Regulations for the medical services of the Army of India
Year: 1930
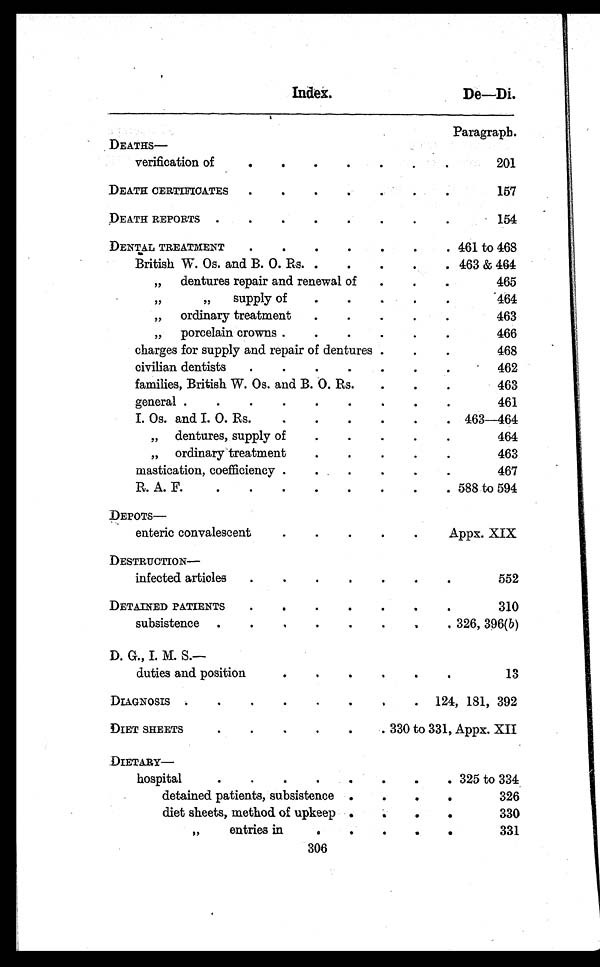
Index.
De—Di.
Paragraph.
DEATHS—
verification of
.
.
.
. .
.
.
201
DEATH CERTIFICATES
.
.
.
. .
.
.
157
DEATH REPORTS
.
.
.
.
.
.
.
.
1 5 4
DENTAL TREATMENT
.
.
.
.
.
.
. 461 to 468
British W. Os. and B. O. Rs..
.
.
.
. 463 & 464
„ dentures repair and renewal of
. .
.
465
,,
„
supply of
.
.
.
.
.
464
„ ordinary treatment
.
.
.
.
.
4 6 3
„ porcelain crowns
.
.
.
.
.
466
charges for supply and repair of dentures .
.
.
468
civilian dentists .
.
.
.
.
.
.
462
families, British W. Os. and B. O. Rs.
. .
.
463
general
.
.
.
.
.
.
.
.
461
I. Os. and I. O. Rs
.
.
.
.
.
. 463—464
„ dentures, supply of
.
.
.
.
.
464
„ ordinary treatment
.
.
.
.
.
4 6 3
mastication, coefficiency .
.
.
. .
.
467
R. A. F.
.
.
.
.
.
.
.
. 588 to 594
DEPOTS—
enteric convalescen
.
.
.
. .
A p p s x . X I X .
DESTRUCTION —
infected article
.
.
.
.
.
.
.
5 5 2
DETAINED PATIENTS
.
.
.
.
.
.
.
3 1 0
subsistence
.
.
.
.
.
.
.
. 326, 396(b)
D. G., I. M. S.—
duties and position
.
.
.
.
.
.
.
1 3
DIAGNOSIS.
.
.
.
.
.
.
. 124, 181, 392
DIET SHEETS
.
.
.
.
.
. 330 to 331, Appx. XII
DIETARY —
hospital
.
.
.
.
.
.
.
. 325 to 334
detained patients, subsistence .
.
.
.
326
diet sheets, method of upkeep .
.
.
.
330
, ,
entries in
.
. .
.
.
331
306